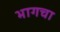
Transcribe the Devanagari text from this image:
भागचा